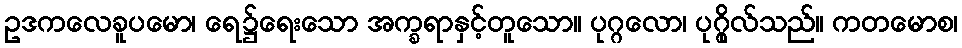
ဥဒကလေခူပမော၊ ရေ၌ရေးသော အက္ခရာနှင့်တူသော။ ပုဂ္ဂလော၊ ပုဂ္ဂိုလ်သည်။ ကတမောစ၊